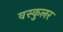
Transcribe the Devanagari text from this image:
वस्कुलर